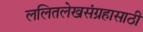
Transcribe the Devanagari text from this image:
ललितलेखसंग्रहासाठी